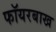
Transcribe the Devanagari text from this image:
फॉयरबाख